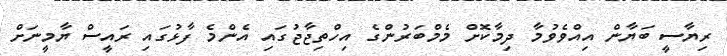
ރިޔާސީ ބަޔާން އިއްވެވުމާ ދިމާކޮށް މެމްބަރުންގެ އިހްތިޖާޖުގައި އެންމެ ފާޅުގައި ރައީސް ޔާމީނަށް